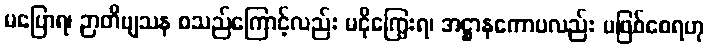
မပြောရ၊ ဉာတိဗျသန စသည်ကြောင့်လည်း မငိုကြွေးရ၊ အဋ္ဌာနကောပလည်း မဖြစ်စေရဟု